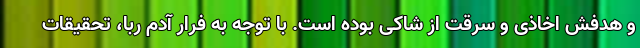
و هدفش اخاذی و سرقت از شاکی بوده است. با توجه به فرار آدم ربا، تحقیقات